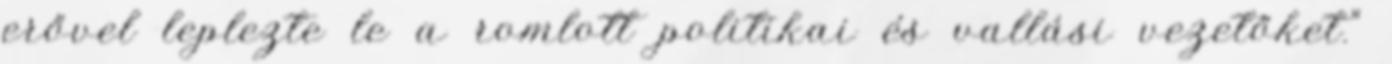
erővel leplezte le a romlott politikai és vallási vezetőket.”